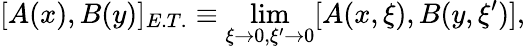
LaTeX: [A(x),B(y)]_{E.T.}\equiv\operatorname*{lim}_{\xi\to 0,\xi^{\prime}\to 0}[A(x,\xi),B(y,\xi^{\prime})],